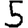
Digit: 5